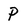
Character: p